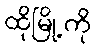
ထိုမြို့ကို